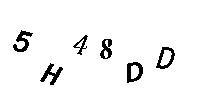
5H48DD